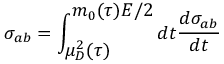
\sigma _ { a b } = \int _ { \displaystyle \mu _ { D } ^ { 2 } ( \tau ) } ^ { \displaystyle m _ { 0 } ( \tau ) E / 2 } d t \frac { d \sigma _ { a b } } { d t }